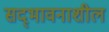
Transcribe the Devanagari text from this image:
सद्‌भावनाशील